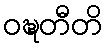
ဝဍ္ဎတီတိ